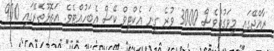
ރާއްޖޭގައި މިވަގުތުވެސް 3000 ވުރެ ގިނަ އެކްޓިވް ކޭސް އެބަހުއްޓެވެ. އަތޮޅުތެެރޭގައި 900